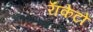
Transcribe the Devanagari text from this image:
राॅकेटों